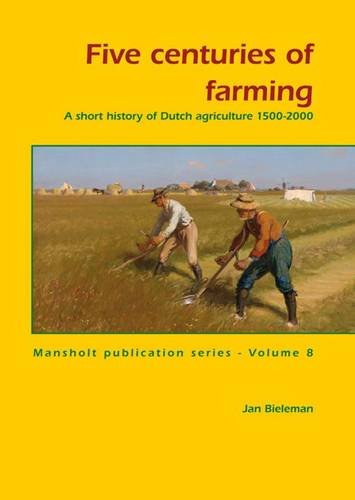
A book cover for Five Centuries of Farming: A Short History of Dutch Agriculture, 1500-2000 (Mansholt Publication Series); Jan Bieleman; Business & Money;